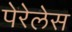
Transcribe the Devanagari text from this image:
पेरेलेस